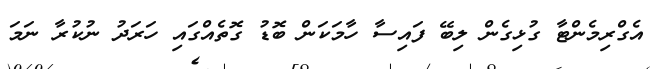
އެގްރިމެންޓާ ގުޅިގެން ލިބޭ ފައިސާ ހާމަކަން ބޮޑު ގޮތެއްގައި ހަރަދު ނުކުރާ ނަމަ